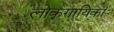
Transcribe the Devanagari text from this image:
लोकगायिका